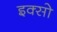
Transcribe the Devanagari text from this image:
इक्सो